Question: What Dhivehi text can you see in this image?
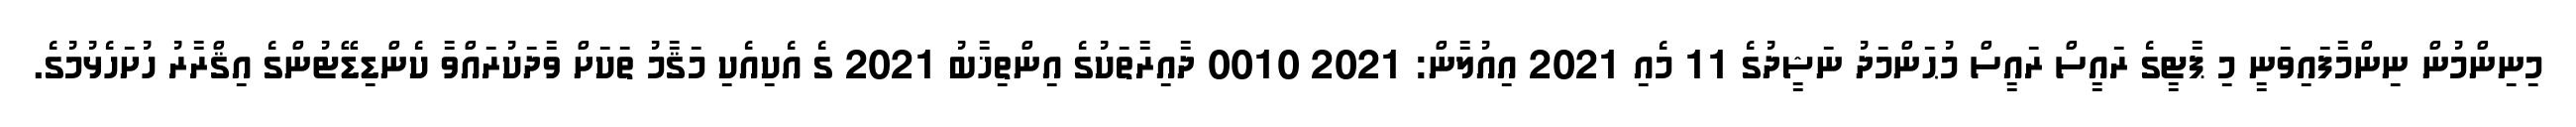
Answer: މިނިންމުން ނިންމާފައިވަނީ މި ޕާޓީގެ ރައީސް ރައީސް މުޙަންމަދު ނަޝީދުގެ 11 މެއި 2021 އިއުލާން: 2021 0010 ދާއިރާތަކުގެ އިންތިޚާބު 2021 ގެ އެކިއެކި މަޤާމު ތަކަށް ވާދަކުރައްވާ ކެންޑިޑޭޓުންގެ އިޤްރާރު ހުށަހެޅުމުގެ.